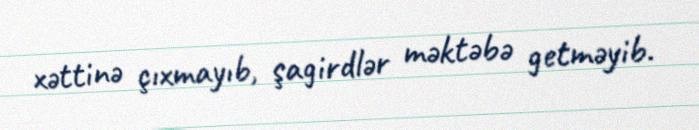
xəttinə çıxmayıb, şagirdlər məktəbə getməyib.